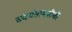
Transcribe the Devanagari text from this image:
संदर्भसामग्रीची